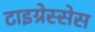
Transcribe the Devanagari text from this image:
टाइग्रेस्सेस